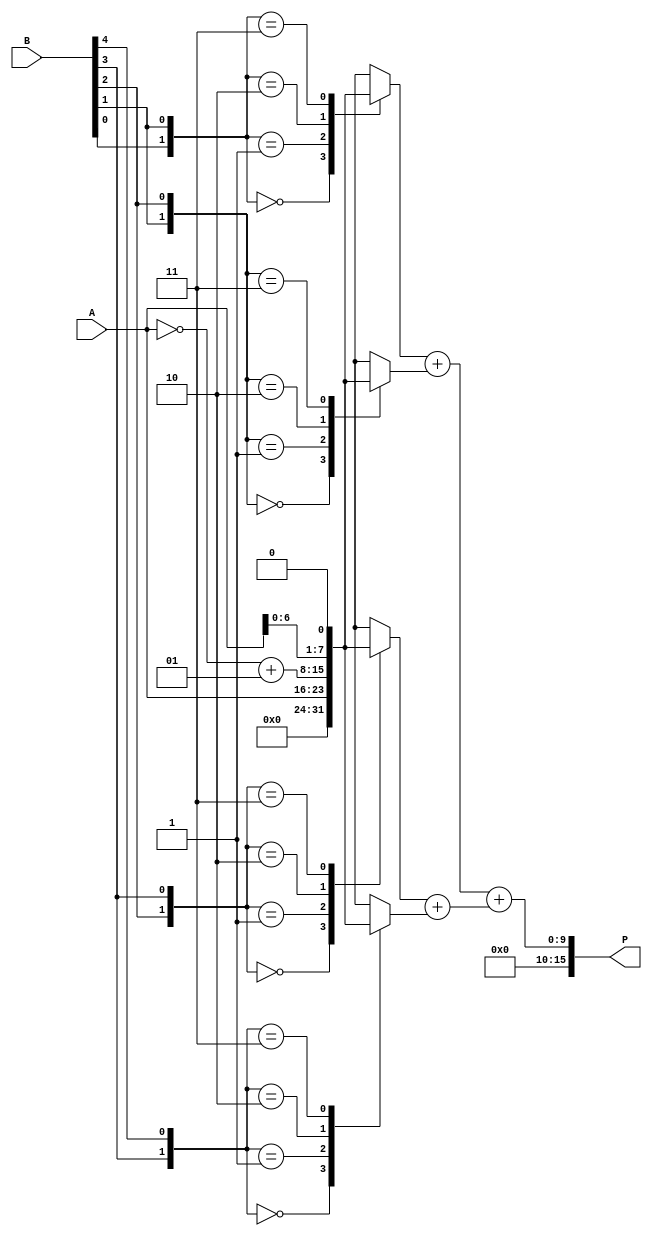
module booth_multiplier #(parameter WIDTH = 8) (
    input signed [WIDTH-1:0] A, // Multiplicand
    input signed [WIDTH-1:0] B, // Multiplier
    output signed [2*WIDTH-1:0] P // Product
);

    // Internal signals
    reg [WIDTH-1:0] partial_products [0:(WIDTH*2)-1]; // Array to hold partial products
    reg [WIDTH:0] sum [0:(WIDTH*2)-1]; // Sum for Wallace tree reduction
    reg [WIDTH:0] carry; // Carry for addition
    integer i;

    // Booth Encoding
    always @(*) begin
        // Initialize partial products to zero
        for (i = 0; i < (WIDTH*2); i = i + 1) begin
            partial_products[i] = 0;
        end
        
        // Booth encoding and partial product generation
        for (i = 0; i < WIDTH; i = i + 1) begin
            case ({B[i], B[i+1]})
                2'b00: partial_products[i] = 0; // 0
                2'b01: partial_products[i] = A; // A
                2'b10: partial_products[i] = ~A + 1; // -A (two's complement)
                2'b11: partial_products[i] = A << 1; // 2A
            endcase
        end
    end

    // Wallace Tree Reduction
    always @(*) begin
        // Initialize sums
        for (i = 0; i < (WIDTH*2); i = i + 1) begin
            sum[i] = {1'b0, partial_products[i]};
        end

        // Reduction logic (example for 2 levels, can be expanded)
        // Level 1: Combine pairs of partial products
        for (i = 0; i < WIDTH; i = i + 2) begin
            {carry, sum[i/2]} = sum[i] + sum[i+1];
        end

        // Level 2: Handle odd number of sums
        if (WIDTH % 2 == 1) begin
            sum[WIDTH/2] = sum[WIDTH/2] + sum[WIDTH-1];
        end
    end

    // Final Addition
    assign P = sum[0] + sum[1]; // Final addition of remaining sums

endmodule